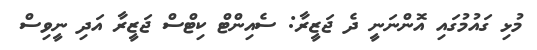
މުޅި ގައުމުގައި އޮންނަނީ ދެ ޖަޒީރާ: ސެއިންޓް ކިޓްސް ޖަޒީރާ އަދި ނީވިސް